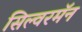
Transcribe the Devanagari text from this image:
सिल्वरमॅन